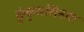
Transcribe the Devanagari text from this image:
कुंकुमसिनात